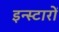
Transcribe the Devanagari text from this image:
इन्स्टारों